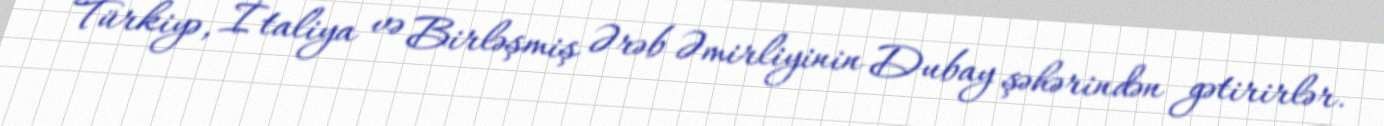
Türkiyə, İtaliya və Birləşmiş Ərəb Əmirliyinin Dubay şəhərindən gətirirlər.